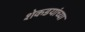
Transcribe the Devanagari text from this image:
शेकडयांच्या